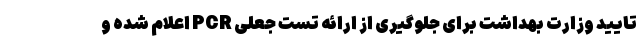
تایید وزارت بهداشت برای جلوگیری از ارائه تست جعلی PCR اعلام شده و